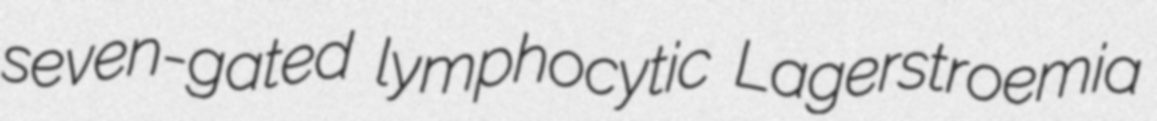
seven-gated lymphocytic Lagerstroemia